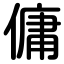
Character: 傭